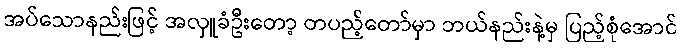
အပ်သောနည်းဖြင့် အလှူခံဦးတော့ တပည့်တော်မှာ ဘယ်နည်းနဲ့မှ ပြည့်စုံအောင်